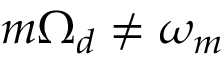
m \Omega _ { d } \neq \omega _ { m }